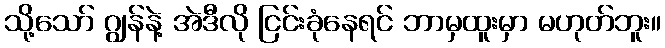
သို့သော် ဂျွန်နဲ့ အဲဒီလို ငြင်းခုံနေရင် ဘာမှထူးမှာ မဟုတ်ဘူး။